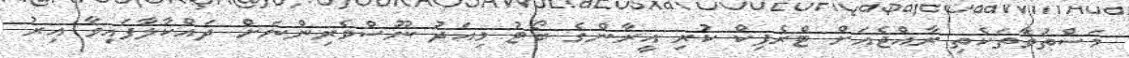
މަސްތުވާތަކެތި ރާއްޖެއަށް ޓްރެފިކް ކުރި އީރާންގެ ބޯޓު މިއަދު ނޫސްވެރިންނަށް ދައްކާލާފައިވާ އިރު